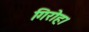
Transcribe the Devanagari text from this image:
गिरोह।